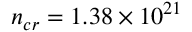
n _ { c r } = 1 . 3 8 \times 1 0 ^ { 2 1 }